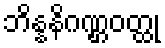
ဘိန္နနိဂဏ္ဌဝတ္ထု